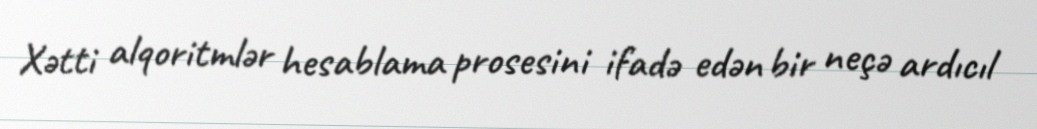
Xətti alqoritmlər hesablama prosesini ifadə edən bir neçə ardıcıl